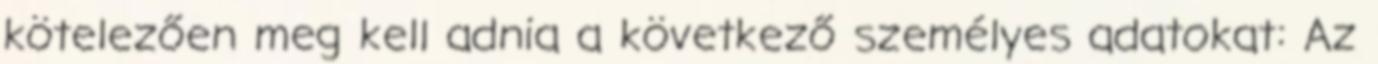
kötelezően meg kell adnia a következő személyes adatokat: Az